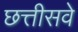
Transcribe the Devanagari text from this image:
छत्तीसवे